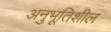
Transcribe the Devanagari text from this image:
अनुभूतिशील